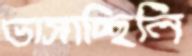
ভাসাচ্ছিলি